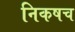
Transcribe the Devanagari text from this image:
निकषच